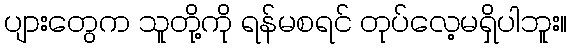
ပျားတွေက သူတို့ကို ရန်မစရင် တုပ်လေ့မရှိပါဘူး။